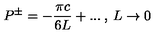
P ^ { \pm } = - \frac { \pi c } { 6 L } + . . . \: , \: L \rightarrow 0